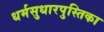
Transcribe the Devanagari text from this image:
धर्मसुधारपुस्तिका